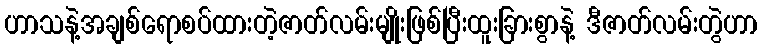
ဟာသနဲ့အချစ်ရောစပ်ထားတဲ့ဇာတ်လမ်းမျိုးဖြစ်ပြီးထူးခြားစွာနဲ့ ဒီဇာတ်လမ်းတွဲဟာ